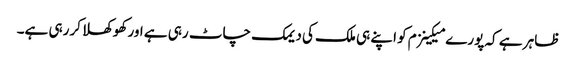
ظاہر ہے کہ پورے میکینزم کو اپنے ہی ملک کی دیمک چاٹ رہی ہے اور کھوکھلا کررہی ہے۔